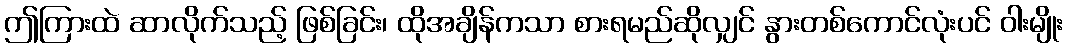
ဤကြားထဲ ဆာလိုက်သည့် ဖြစ်ခြင်း၊ ထိုအချိန်ကသာ စားရမည်ဆိုလျှင် နွားတစ်ကောင်လုံးပင် ဝါးမျိုး